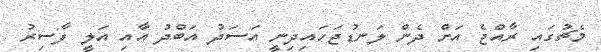
މެޗުގައި ރާއްޖެ އަށް ދެން ލަނޑުޖަހައިދިނީ އަސަދު އަބްދު އާއި އަލީ ފާސިރު